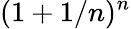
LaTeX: (1+1/n)^{n}